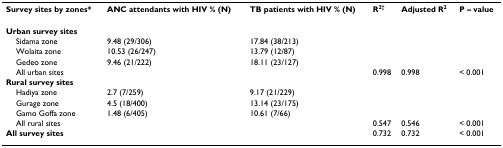
<table><thead><tr><td><b>Survey sites by zones*</b></td><td><b>ANC attendants with HIV % (N)</b></td><td><b>TB patients with HIV % (N)</b></td><td><b>R<sup>2†</sup></b></td><td><b>Adjusted R<sup>2</sup></b></td><td><b>P – value</b></td></tr></thead><tbody><tr><td><b>Urban survey sites</b></td><td></td><td></td><td></td><td></td><td></td></tr><tr><td> Sidama zone</td><td>9.48 (29/306)</td><td>17.84 (38/213)</td><td></td><td></td><td></td></tr><tr><td> Wolaita zone</td><td>10.53 (26/247)</td><td>13.79 (12/87)</td><td></td><td></td><td></td></tr><tr><td> Gedeo zone</td><td>9.46 (21/222)</td><td>18.11 (23/127)</td><td></td><td></td><td></td></tr><tr><td> All urban sites</td><td></td><td></td><td>0.998</td><td>0.998</td><td>&lt; 0.001</td></tr><tr><td><b>Rural survey sites</b></td><td></td><td></td><td></td><td></td><td></td></tr><tr><td> Hadiya zone</td><td>2.7 (7/259)</td><td>9.17 (21/229)</td><td></td><td></td><td></td></tr><tr><td> Gurage zone</td><td>4.5 (18/400)</td><td>13.14 (23/175)</td><td></td><td></td><td></td></tr><tr><td> Gamo Goffa zone</td><td>1.48 (6/405)</td><td>10.61 (7/66)</td><td></td><td></td><td></td></tr><tr><td> All rural sites</td><td></td><td></td><td>0.547</td><td>0.546</td><td>&lt; 0.001</td></tr><tr><td><b>All survey sites</b></td><td></td><td></td><td>0.732</td><td>0.732</td><td>&lt; 0.001</td></tr></tbody></table>